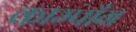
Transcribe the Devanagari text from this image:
काम्पाँग